Civil Veterinary Dept. North-West Frontier Province 1923-32 - 1923-1932
Year: 1923
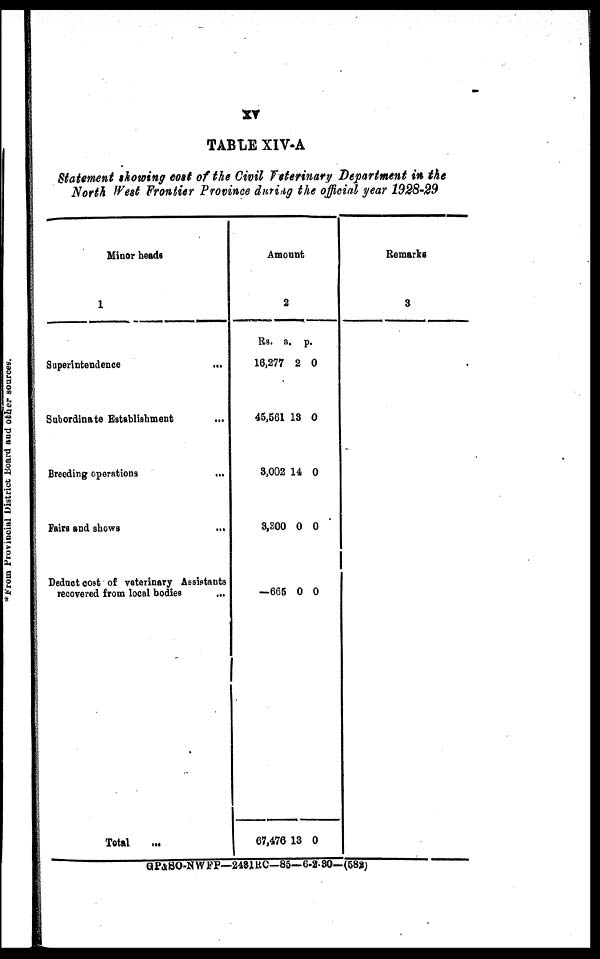
xv
TABLE XIV-A
Statement showing cost of the Civil Veterinary Department in the
North West Frontier Province during the official year 1928-29
Minor heads
1
Superintendence …
Subordinate Establishment …
Breeding operations
...
Fairs and shows
...
Deduct cost of veterinary Assistants
recovered from local bodies
...
Total …
Amount
2
Rs.
16,277
45,561
3,002
3,300
—665
67,476
a.
2
13
14
0
0
13
p.
0
0
0
0
0
0
Remarks
3
GP&SO-NWFP—2481RC—85—6-2-30—(582)